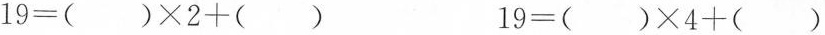
$$ 19 = () \times 2 + () $$ 19 = () \times 4 + ()